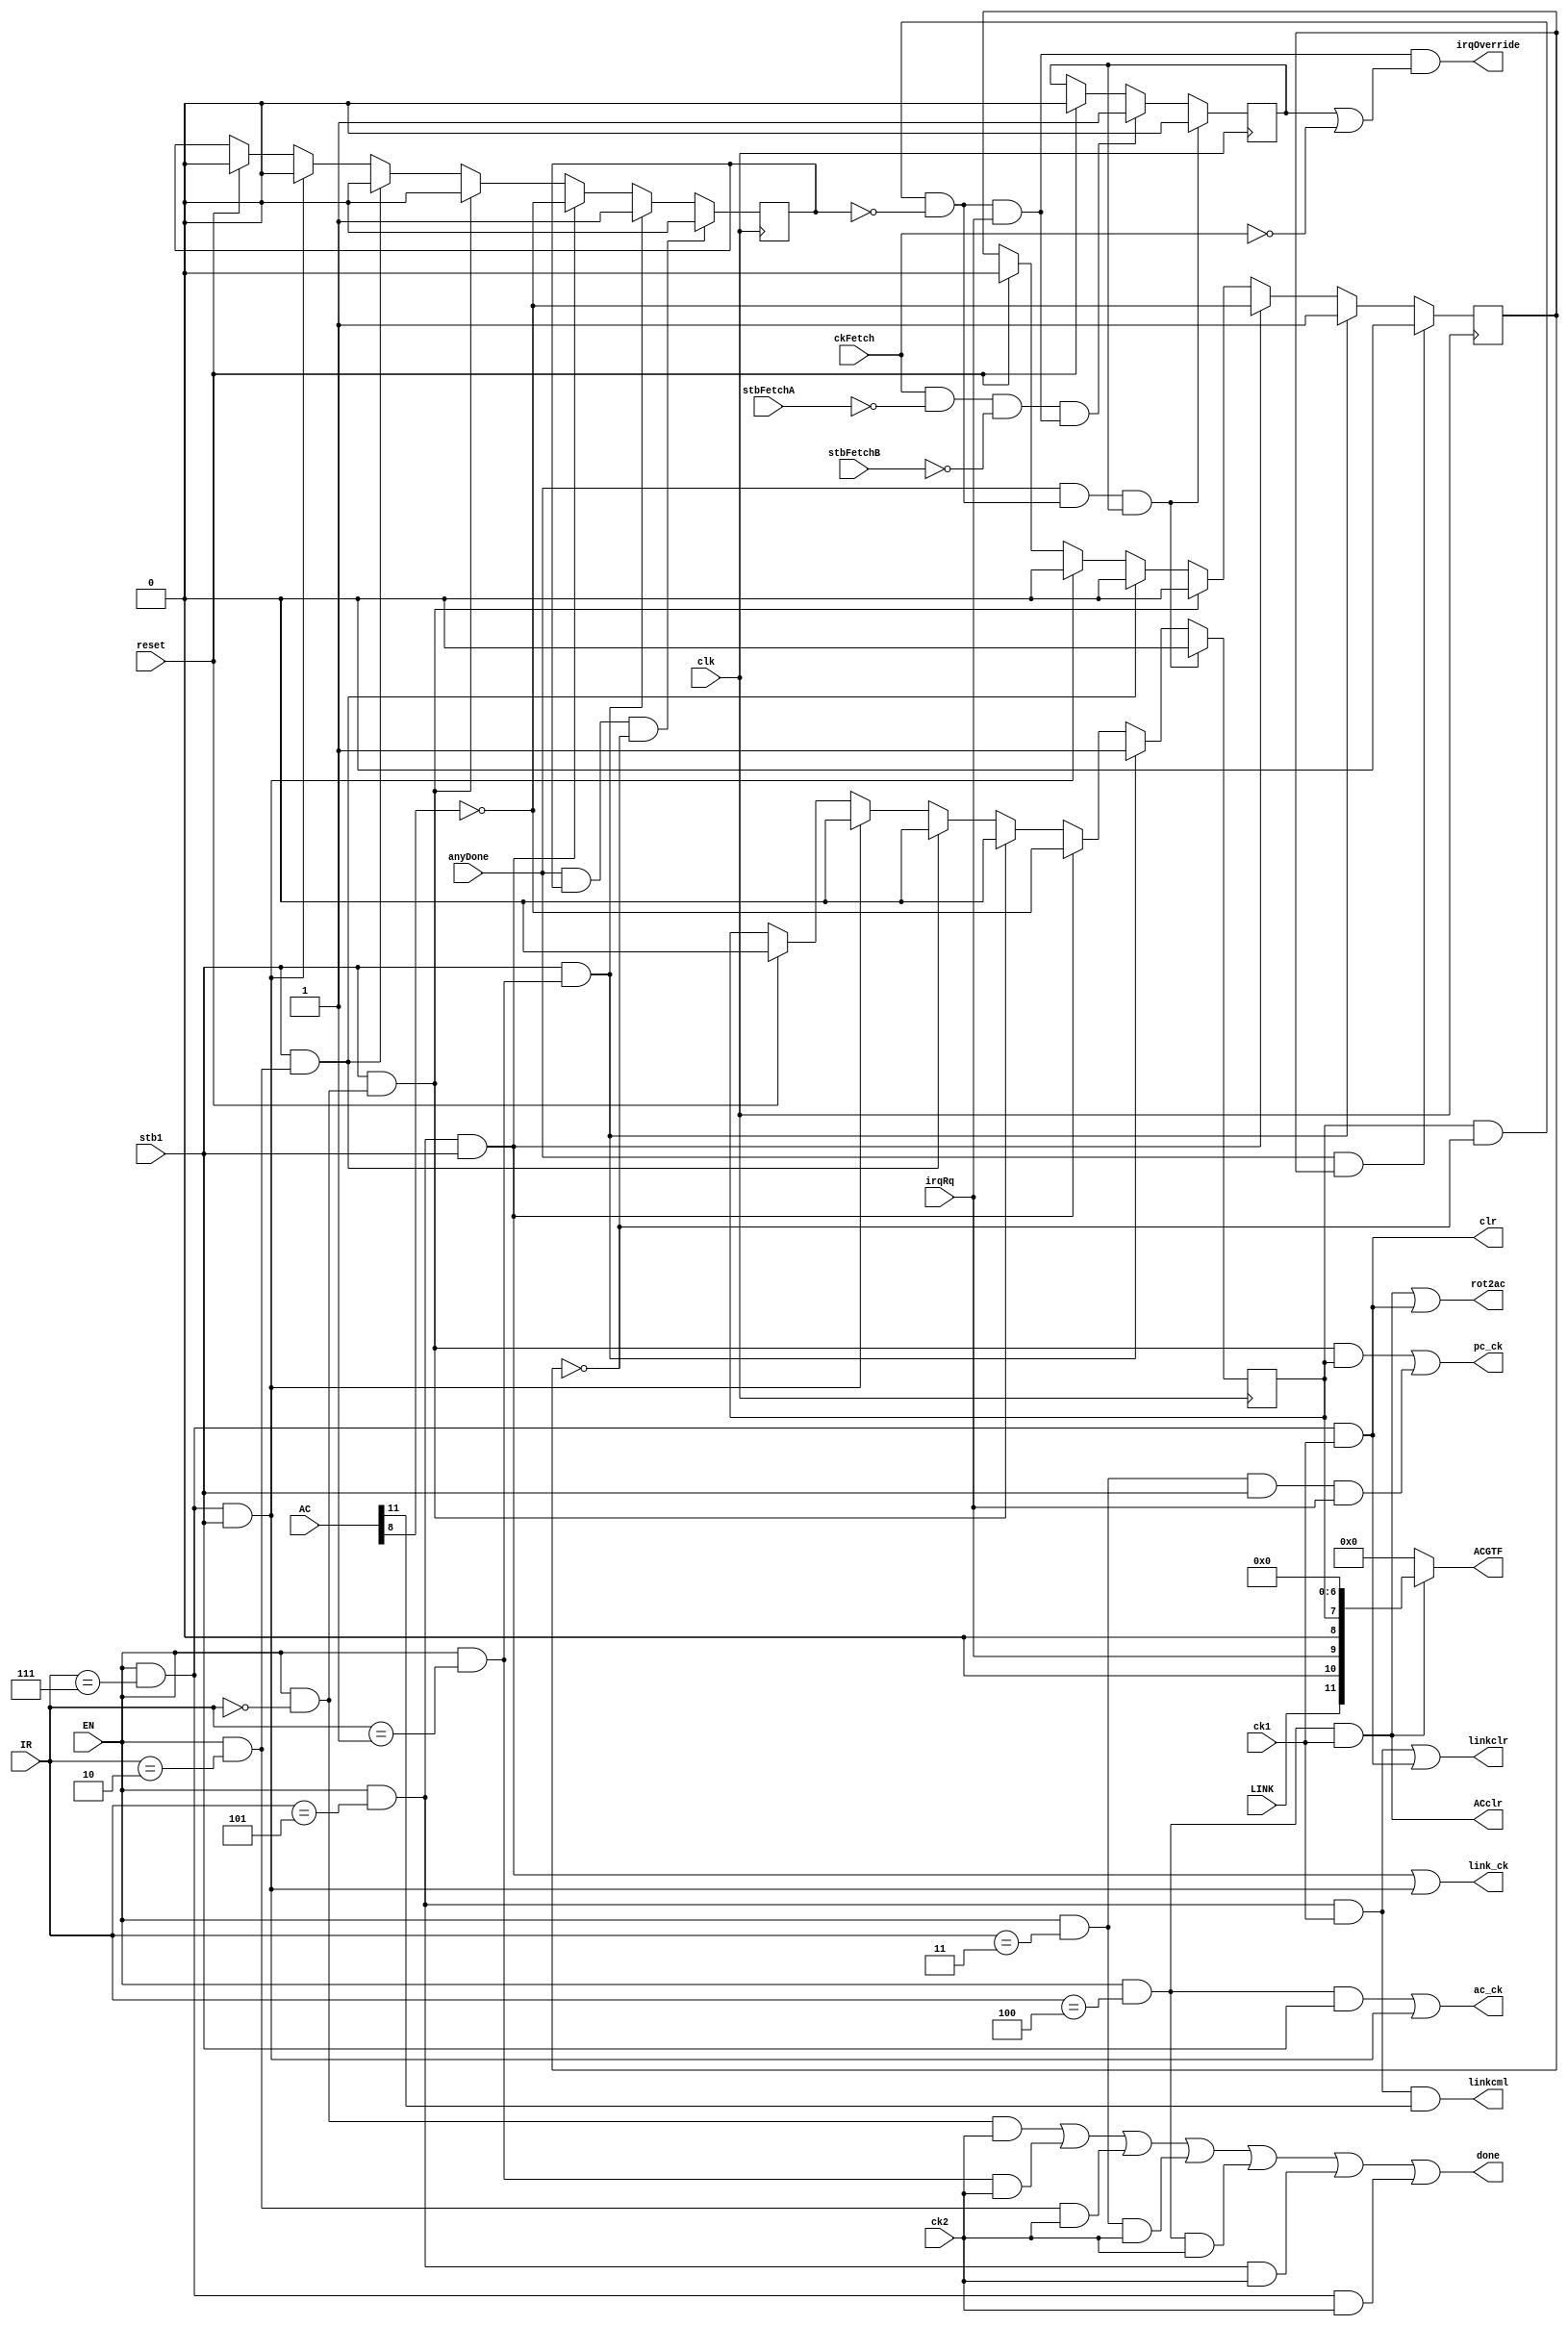
module InstructionIOT600x(
  input clk,
  input reset,
  input EN,                             // High when this module is to be activated
  input [2:0] IR,
  /* verilator lint_off UNUSED */
  input [11:0] AC,
  /* verilator lint_on UNUSED */
  input LINK,
  input ckFetch, ck1, ck2,
  input stbFetchA, stbFetchB, stb1,
  input irqRq,
  input anyDone,
  output done,
  output rot2ac,
  output ac_ck,
  output clr,
  output ACclr,
  output linkclr,
  output linkcml,
  output link_ck,
  output pc_ck,
  output [11:0] ACGTF,
  output irqOverride
);

reg IE;
reg IEdly1, IEdly2;
reg irqActive;

wire        link_ck5, link_ck7;
or(link_ck, link_ck5, link_ck7);

wire        linkclr5, linkclr7;
or(linkclr, linkclr5, linkclr7);

wire        linkcml5;
or(linkcml, linkcml5);

wire    clr7;
or(clr, clr7);

wire       rot2ac4, rot2ac7;
or(rot2ac, rot2ac4, rot2ac7);

wire      ac_ck4, ac_ck7;
or(ac_ck, ac_ck4, ac_ck7);

wire      pc_ck0, pc_ck3;
or(pc_ck, pc_ck0, pc_ck3);

wire     done0, done1, done2, done3, done4, done5, done7;
or(done, done0, done1, done2, done3, done4, done5, done7);

wire instSKON=(EN & (IR==3'o0));
wire instION= (EN & (IR==3'o1));
wire instIOF= (EN & (IR==3'o2));
wire instSRQ= (EN & (IR==3'o3));
wire instGTF= (EN & (IR==3'o4));
wire instRTF= (EN & (IR==3'o5));
  /* verilator lint_off UNUSED */
wire instSGT= (EN & (IR==3'o6));    // TODO
  /* verilator lint_on UNUSED */
wire instCAF= (EN & (IR==3'o7));

wire AC8=~AC[8];

always @(posedge clk) begin
  if (reset)       begin IE<=0; IEdly1<=0; IEdly2<=0; irqActive<=0; end
  if (ckFetch & ~stbFetchA & ~stbFetchB & preIrq)    begin irqActive<=1; end
  if (stb1 & instCAF)      begin IE<=0; IEdly1<=0; IEdly2<=0; end
  if (stb1 & instIOF)      begin IE<=0; IEdly1<=0; IEdly2<=0; end
  if (stb1 & instSKON)     begin IE<=0; IEdly1<=0; IEdly2<=0; end
  if (stb1 & instRTF)      begin IE<=AC8; IEdly1<=AC8; IEdly2<=AC8; end

  if (stb1 & instION)      begin IE<=1; IEdly1<=1; IEdly2<=1; end
  if (anyDone & IEdly1)           begin IEdly1<=0; end
  if (anyDone & IEdly2 & ~IEdly1) begin IEdly2<=0; end
  if (anyDone & GIE & irqActive)      begin IE<=0; irqActive<=0; end
end

wire GIE=IE & ~IEdly1 & ~IEdly2;
wire preIrq=GIE & irqRq;
assign irqOverride=preIrq & (irqActive | ~ckFetch);

//                            1     1      2     2      3     3      4     4      5     5      6     6
//                            ### | #### | ### | #### | ### | #### | ### | #### | ### | #### | ### | #### 
assign pc_ck0=    instSKON & stb1 & IE;           // 6000 SKON
assign done0=     instSKON & ck2;

//                            1     1      2     2      3     3      4     4      5     5      6     6
//                            ### | #### | ### | #### | ### | #### | ### | #### | ### | #### | ### | #### 
assign done1 =    instION & ck2;                  // 6001 ION
assign done2 =    instIOF & ck2;                  // 6002 IOF

//                            1     1      2     2      3     3      4     4      5     5      6     6
//                            ### | #### | ### | #### | ### | #### | ### | #### | ### | #### | ### | #### 
assign pc_ck3=    instSRQ & stb1 & irqRq;         // 6003 SRQ
assign done3=     instSRQ & ck2;

reg IF=0;       // TODO Instruction Field
reg [2:0] DF=0; // TODO Data Field
reg GT=0;       // TODO Greater Than
reg II=0;       // TODO Interrupt Inhibit bit 
reg U=0;        // TODO User mode flag

//                            1     1      2     2      3     3      4     4      5     5      6     6
//                            ### | #### | ### | #### | ### | #### | ### | #### | ### | #### | ### | #### 
assign rot2ac4=   instGTF & ck1;                  // 6004 GTF
assign ACGTF =    instGTF & ck1 ? {LINK, GT, irqRq, II, IE , U, 1'b0, IF, 1'b0, DF} : 12'b0;
assign ACclr=     instGTF & ck1;
assign ac_ck4=    instGTF & stb1;
assign done4=     instGTF & ck2;

//                            1     1      2     2      3     3      4     4      5     5      6     6
//                            ### | #### | ### | #### | ### | #### | ### | #### | ### | #### | ### | #### 
assign linkclr5=  instRTF & ck1;                  // 6005 RTF
assign linkcml5=  instRTF & ck1 & AC[11]; // GIE is updated in the always @(posedge
assign link_ck5=  instRTF & stb1;
assign done5 =    instRTF & ck2;

//                            1     1      2     2      3     3      4     4      5     5      6     6
//                            ### | #### | ### | #### | ### | #### | ### | #### | ### | #### | ### | #### 
assign rot2ac7=   instCAF & ck1;                  // 6007 CAF
assign clr7=      instCAF & ck1;
assign linkclr7=  instCAF & ck1;
assign ac_ck7=    instCAF & stb1;
assign link_ck7=  instCAF & stb1;
assign done7=     instCAF & ck2;

endmodule